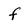
Character: f